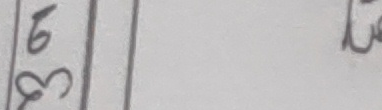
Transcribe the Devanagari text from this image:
७४ ले